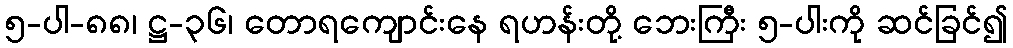
၅-ပါ-၈၈၊ ဋ္ဌ-၃၆၊ တောရကျောင်းနေ ရဟန်းတို့ ဘေးကြီး ၅-ပါးကို ဆင်ခြင်၍